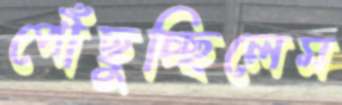
পৌঁছুচ্ছিলেম